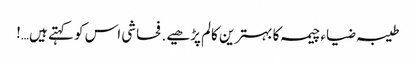
طیبہ ضیاء چیمہ کا بہترین کالم پڑھیے . فحاشی اس کو کہتے ہیں…!